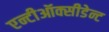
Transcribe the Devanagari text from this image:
एन्टीऑक्सीडेन्ट